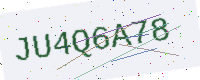
Text: JU4Q6A78